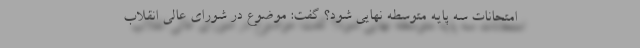
امتحانات سه پایه متوسطه نهایی شود؟ گفت: موضوع در شورای عالی انقلاب